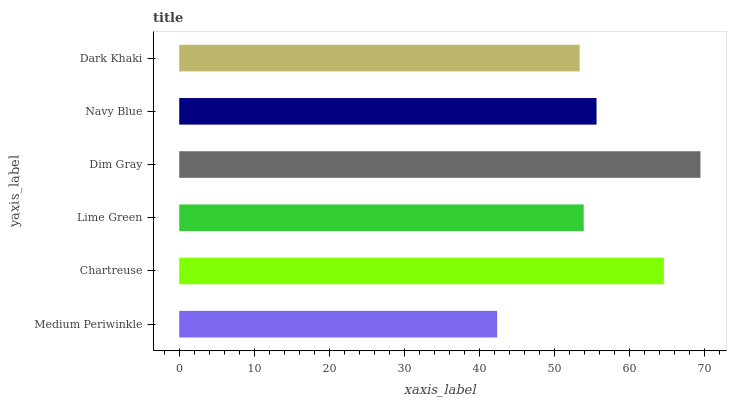
| yaxis_label | bars |
 | --- | --- |
 | Medium Periwinkle | 42.4 |
 | Chartreuse | 64.6 |
 | Lime Green | 53.9 |
 | Dim Gray | 69.5 |
 | Navy Blue | 55.6 |
 | Dark Khaki | 53.4 |